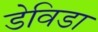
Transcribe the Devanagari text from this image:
डेविडा